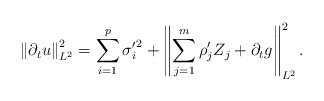
\begin{align*} \left\|\partial_t u\right\|_{L^2}^2 =\sum_{i=1}^p {\sigma_i'}^2+\left\|\sum_{j=1}^m\rho_j'Z_j+\partial_t g\right\|^2_{L^2}.\end{align*}